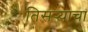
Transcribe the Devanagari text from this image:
तिसर्‍याचा